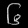
Digit: ၆